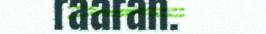
raaran.